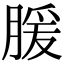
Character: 䐘